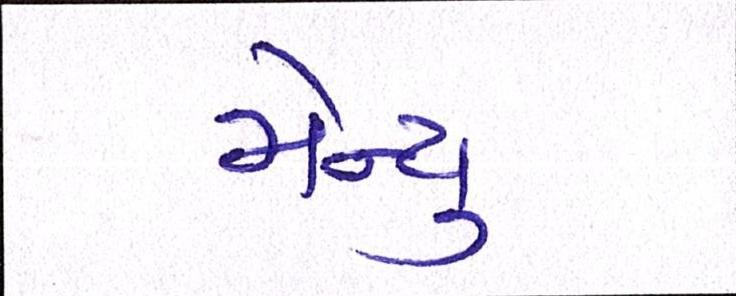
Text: મેન્યુ